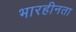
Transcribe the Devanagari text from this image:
भारहीनता